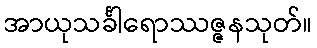
အာယုသင်္ခါရောဿဇ္ဇနသုတ်။